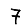
Digit: 7